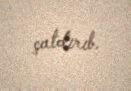
çatdırıb.